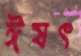
ঈষৎ